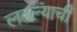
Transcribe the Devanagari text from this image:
लढल्याची